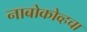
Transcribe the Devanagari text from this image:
नाबोकोव्हचा